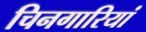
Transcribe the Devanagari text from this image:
चिनगारियां